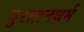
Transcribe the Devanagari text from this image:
पुरातनधर्म